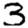
Digit: 3